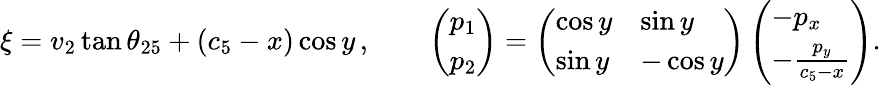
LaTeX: \xi=v_{2}\tan\theta_{25}+(c_{5}-x)\cos y\, ,\qquad\left(\begin{array}{l}{p_{1}}\\ {p_{2}}\end{array}\right)=\left(\begin{array}{ll}{\cos y}&{\sin y}\\ {\sin y}&{-\cos y}\end{array}\right)\left(\begin{array}{l}{-p_{x}}\\ {-\frac{p_{y}}{c_{5}-x}}\end{array}\right).